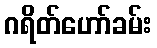
ဂရိတ်ဟော်ခမ်း